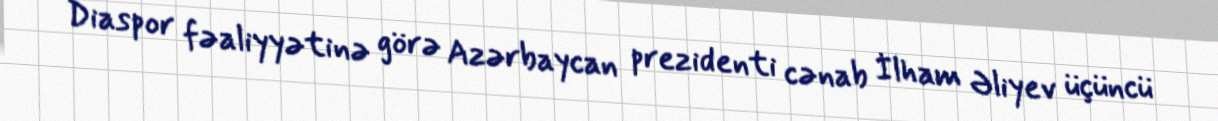
Diaspor fəaliyyətinə görə Azərbaycan prezidenti cənab İlham Əliyev üçüncü